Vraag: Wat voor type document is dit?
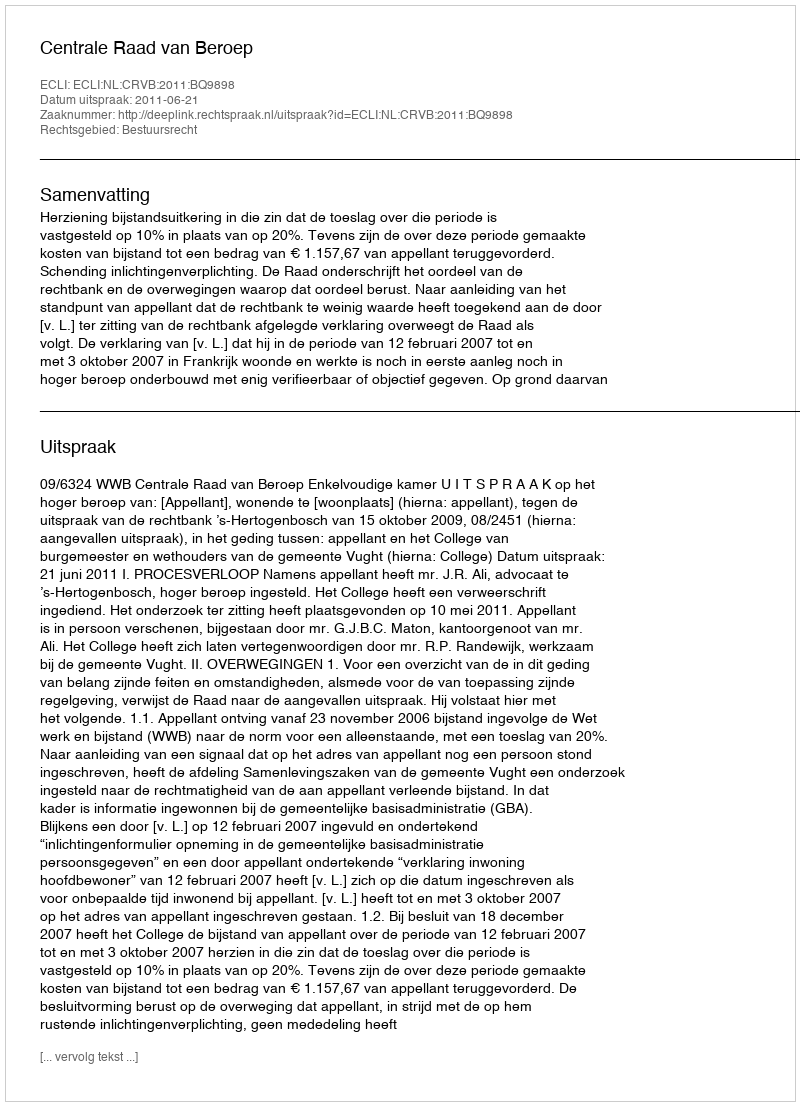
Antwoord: Uitspraak